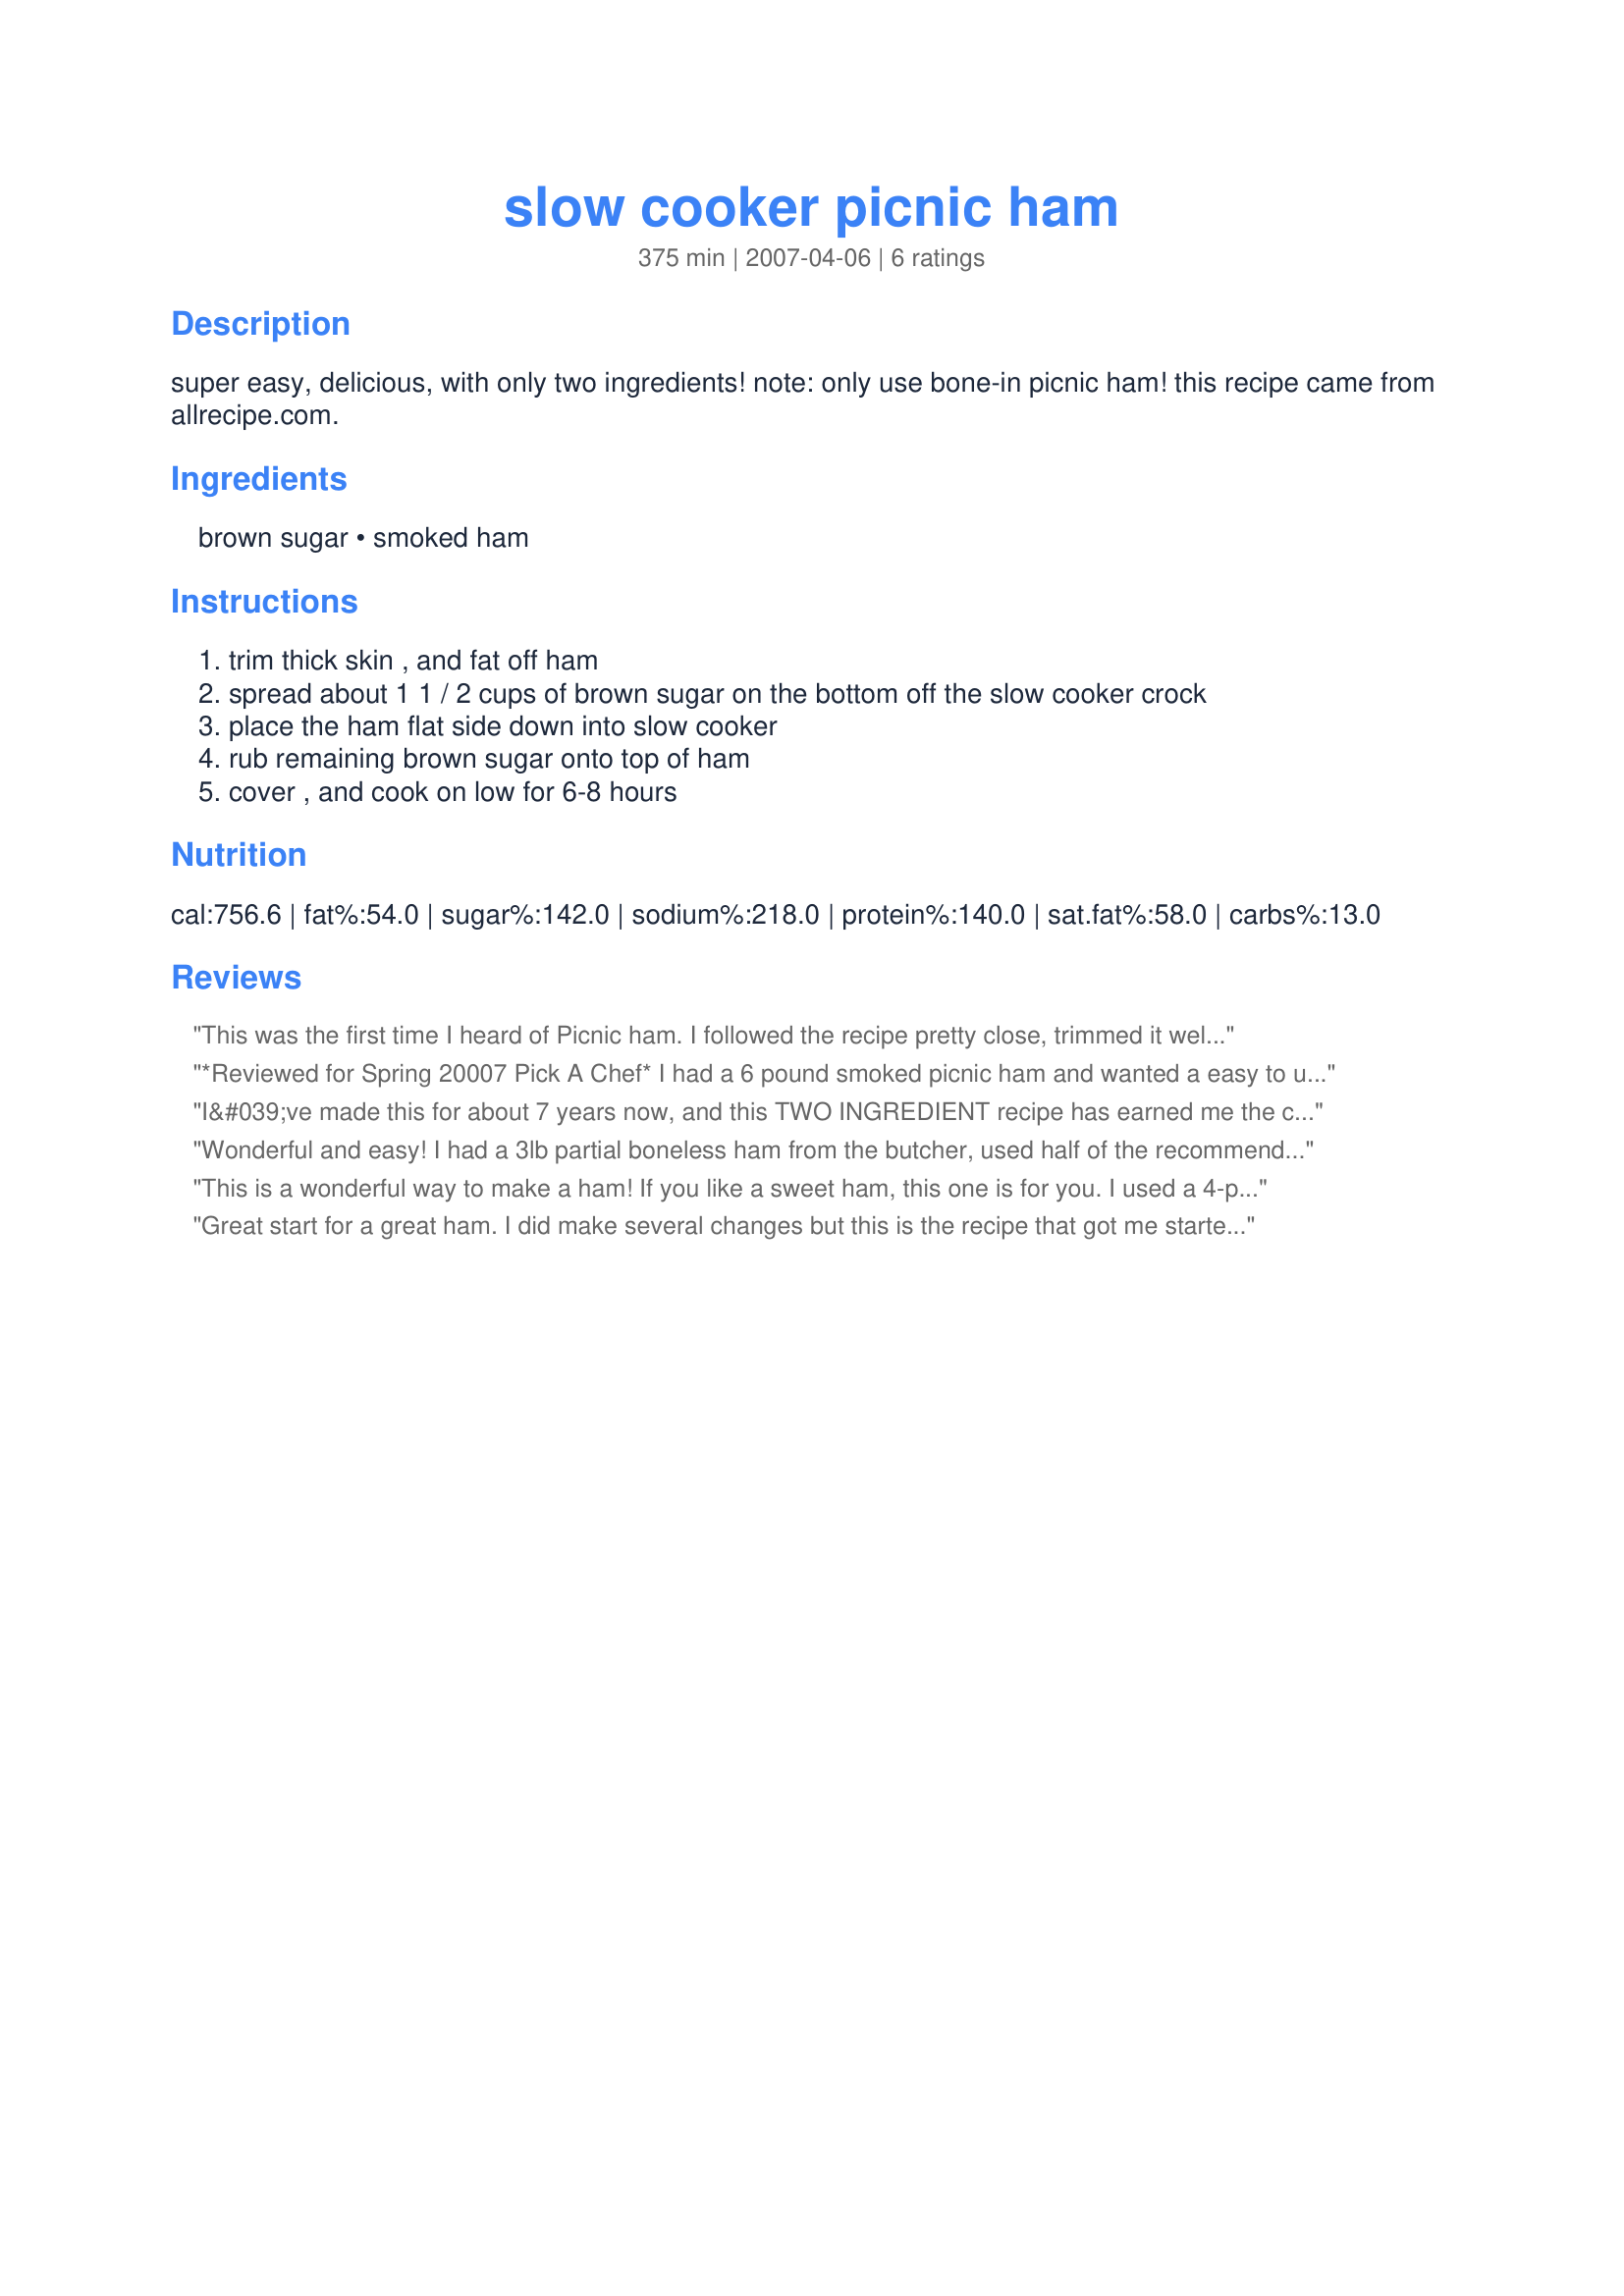
slow cooker picnic ham
Preparation time: 375 minutes

super easy, delicious, with only two ingredients! note: only use bone-in picnic ham!
this recipe came from allrecipe.com.

Ingredients:
brown sugar, smoked ham

Steps:
trim thick skin , and fat off ham, spread about 1 1 / 2 cups of brown sugar on the bottom off the slow cooker crock, place the ham flat side down into slow cooker, rub remaining brown sugar onto top of ham, cover , and cook on low for 6-8 hours

Reviews:
This was the first time I heard of Picnic ham. I followed the recipe pretty close, trimmed it well, added the brown sugar. But I could not visualize that the crock pot would not overheat the sugar so I added a scant amount of cream sherry. After 5 hours of cooking I flipped it, and loosened the bones. At 7 hours the ham was starting to fall away from the bone, so I seperated the bones and continued cooking. At 8 hours I removed the ham to a collender and drained of all the fat. I shreaded the ham and returned it to the crock pot with the remaining juices. After tasting I found it too sweet for my tastes so I added some "Sweet Baby Rays" and a couple shakes of Tabasco. Now it was to my tastes. We took it to our tailgate party and served it on Ciabatta rolls and served it with cole slaw. Really Good and so easy.
*Reviewed for Spring 20007 Pick A Chef*

I had a 6 pound smoked picnic ham and wanted a easy to use recipe. Your crock-pot recipe fit the bill. I did reduce the amount of brown sugar as I had a smaller ham. I ended up with a nicely flavored, tender ham. I liked the simplicity of the seasonings as I wanted to use the leftovers in a panini sandwich and a pot of beans. Thank you for sharing your recipe & I look forward to seeing more of your family favorites.
I&#039;ve made this for about 7 years now, and this TWO INGREDIENT recipe has earned me the completely undeserved reputation as an *amazing* cook! Family and guests claim this is the best tasting ham they&#039;ve ever had. Who knew?
For holiday dinners, you can have this chugging along in the crockpot while you&#039;re busy with the stove and oven. This year, I&#039;m thinking about throwing caution to the winds and adding a bit of ground cloves. Try this recipe - you won&#039;t regret it!
Wonderful and easy! I had a 3lb partial boneless ham from the butcher, used half of the recommended brown sugar and put in a crockpot to cook on low for five hours. It came out moist and juicy. It's a great way to cook a ham while the turkey is taking up all the room in the oven. I barely had any leftovers. Thanks for posting this recipe!
This is a wonderful way to make a ham! If you like a sweet ham, this one is for you. I used a 4-pound ham so I reduced the brown sugar by half. Delicious and moist! A great meal to come home to after a busy day. Thanks for sharing. I will make again.
Great start for a great ham. I did make several changes but this is the recipe that got me started. I stuck it with many cloves which added nice flavour and aroma. I mixed dry mustard in with the brown sugar(less than a cup for my 10 pound ham) and sprinkled some in the bottom of the slow cooker but used most of it to rub into the top and sides of the ham. I got a late start so I started it on high for 2 hours and then turned it to low for 3 hours. It came out well done but the most moist ham ever. So, so good. Thanks for sharing your recipe to get me started on making our ham just the way we like it.
